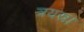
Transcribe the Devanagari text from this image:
त्रयस्र।